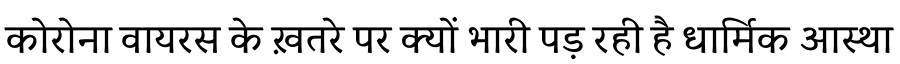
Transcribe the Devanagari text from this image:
कोरोना वायरस के ख़तरे पर क्यों भारी पड़ रही है धार्मिक आस्था